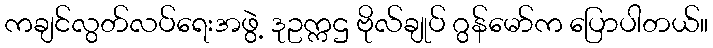
ကချင်လွတ်လပ်ရေးအဖွဲ့ ဒုဥက္ကဌ ဗိုလ်ချုပ် ဂွန်မော်က ပြောပါတယ်။